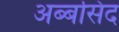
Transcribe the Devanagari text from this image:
अब्बसिद